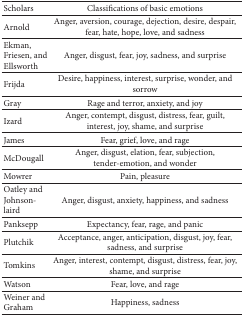
<table><thead><tr><td><b>Scholars</b></td><td><b>Classifications of basic emotions</b></td></tr></thead><tbody><tr><td>Arnold</td><td>Anger, aversion, courage, dejection, desire, despair, fear, hate, hope, love, and sadness</td></tr><tr><td>Ekman, Friesen, and Ellsworth</td><td>Anger, disgust, fear, joy, sadness, and surprise</td></tr><tr><td>Frijda</td><td>Desire, happiness, interest, surprise, wonder, and sorrow</td></tr><tr><td>Gray</td><td>Rage and terror, anxiety, and joy</td></tr><tr><td>Izard</td><td>Anger, contempt, disgust, distress, fear, guilt, interest, joy, shame, and surprise</td></tr><tr><td>James</td><td>Fear, grief, love, and rage</td></tr><tr><td>McDougall</td><td>Anger, disgust, elation, fear, subjection, tender-emotion, and wonder</td></tr><tr><td>Mowrer</td><td>Pain, pleasure</td></tr><tr><td>Oatley and Johnson-laird</td><td>Anger, disgust, anxiety, happiness, and sadness</td></tr><tr><td>Panksepp</td><td>Expectancy, fear, rage, and panic</td></tr><tr><td>Plutchik</td><td>Acceptance, anger, anticipation, disgust, joy, fear, sadness, and surprise</td></tr><tr><td>Tomkins</td><td>Anger, interest, contempt, disgust, distress, fear, joy, shame, and surprise</td></tr><tr><td>Watson</td><td>Fear, love, and rage</td></tr><tr><td>Weiner and Graham</td><td>Happiness, sadness</td></tr></tbody></table>